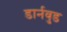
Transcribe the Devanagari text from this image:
डार्नवुड